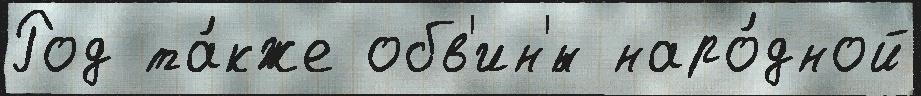
Род та́кже обв'ин'́н наро́дной